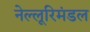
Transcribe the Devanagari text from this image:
नेल्लूरिमंडल